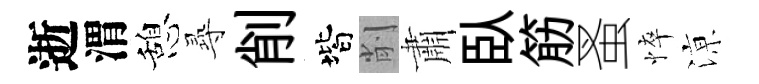
逝渭憩𡬶削階削肅臥筋蚤悴鿌